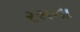
રસના